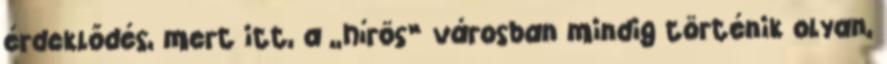
érdeklődés, mert itt, a „hírös” városban mindig történik olyan,